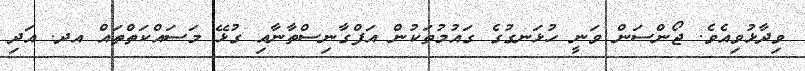
ވިދާޅުވިއެވެ. ޖޯންސަން ވަނީ ހުޅަނގުގެ ގައުމުތަކުން އަފްގާނިސްތާނާއި ގުޅޭ މަސައްކަތްތައް އދ. އަދި